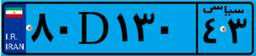
۸۰D۱۳۰۴۳